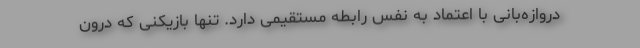
دروازه‌بانی با اعتماد به نفس رابطه مستقیمی دارد. تنها بازیکنی که درون